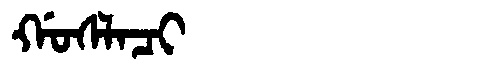
Manchu: ᡤᠣᠰᠯᠠᠴᡳ
Romanization: GOSLACI